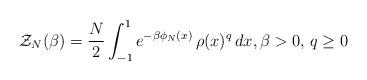
LaTeX: \begin{align*}\mathcal{Z}_{N}(\beta) = \frac{N}{2}\int_{-1}^{1}e^{-\beta \phi_{N}(x)}\,\rho(x)^{q}\,dx, \beta>0 , \, q\ge 0\end{align*}